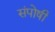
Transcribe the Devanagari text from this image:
संपोषी